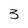
Character: 3